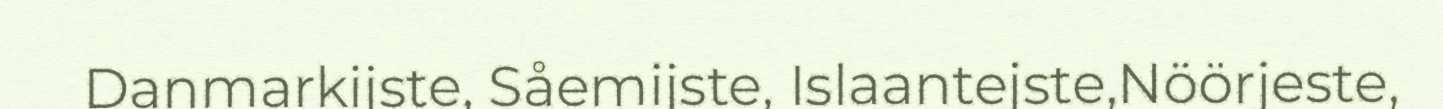
Danmarkijste, Såemijste, Islaantejste,Nöörjeste,